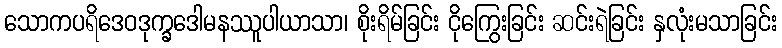
သောကပရိဒေဝဒုက္ခဒေါမနဿူပါယာသာ၊ စိုးရိမ်ခြင်း ငိုကြွေးခြင်း ဆင်းရဲခြင်း နှလုံးမသာခြင်း